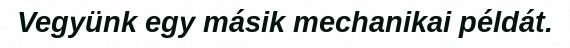
Vegyünk egy másik mechanikai példát.